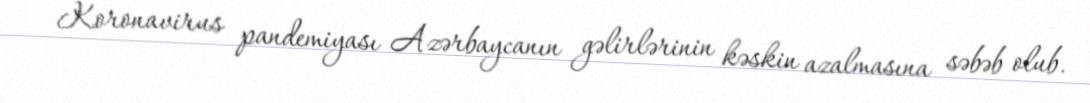
Koronavirus pandemiyası Azərbaycanın gəlirlərinin kəskin azalmasına səbəb olub.